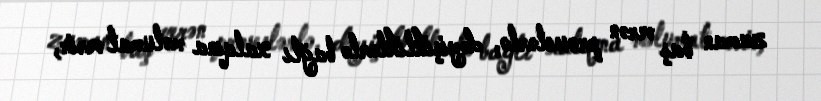
zaman baş verən proseslərlə, dəyişikliklərlə bağlı xalqına məlumat verir,